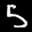
Label: 5